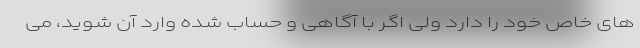
های خاص خود را دارد ولی اگر با آگاهی و حساب شده وارد آن شوید، می